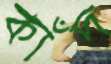
কাঁদ